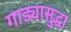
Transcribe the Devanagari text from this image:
गाड्यासुद्धा